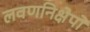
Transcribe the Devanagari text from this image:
लवणनिक्षेपों